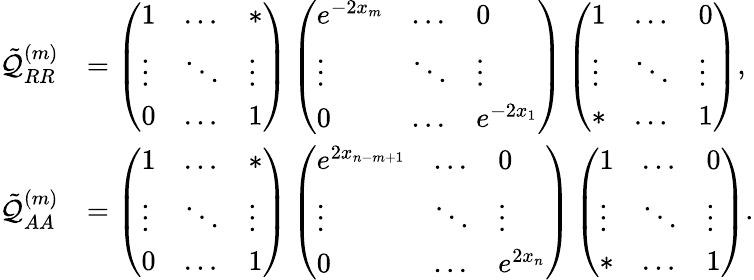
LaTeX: \begin{array}{rl}{\tilde{\mathcal{Q}}_{RR}^{(m)}}&{=\left(\begin{array}{lll}{1}&{\ldots}&{*}\\ {\vdots}&{\ddots}&{\vdots}\\ {0}&{\ldots}&{1}\end{array}\right)\left(\begin{array}{lll}{e^{-2x_{m}}}&{\ldots}&{0}\\ {\vdots}&{\ddots}&{\vdots}\\ {0}&{\ldots}&{e^{-2x_{1}}}\end{array}\right)\left(\begin{array}{lll}{1}&{\ldots}&{0}\\ {\vdots}&{\ddots}&{\vdots}\\ {*}&{\ldots}&{1}\end{array}\right),}\\ {\tilde{\mathcal{Q}}_{AA}^{(m)}}&{=\left(\begin{array}{lll}{1}&{\ldots}&{*}\\ {\vdots}&{\ddots}&{\vdots}\\ {0}&{\ldots}&{1}\end{array}\right)\left(\begin{array}{lll}{e^{2x_{n-m+1}}}&{\ldots}&{0}\\ {\vdots}&{\ddots}&{\vdots}\\ {0}&{\ldots}&{e^{2x_{n}}}\end{array}\right)\left(\begin{array}{lll}{1}&{\ldots}&{0}\\ {\vdots}&{\ddots}&{\vdots}\\ {*}&{\ldots}&{1}\end{array}\right).}\end{array}